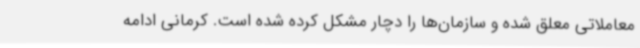
معاملاتی معلق شده و سازمان‌ها را دچار مشکل کرده شده است. کرمانی ادامه